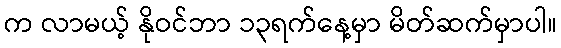
က လာမယ့် နိုဝင်ဘာ ၁၃ရက်နေ့မှာ မိတ်ဆက်မှာပါ။